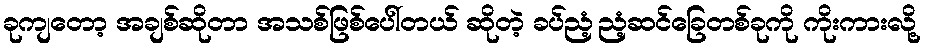
ခုကျတော့ အချစ်ဆိုတာ အသစ်ဖြစ်ပေါ်တယ် ဆိုတဲ့ ခပ်ညံ့ညံ့ဆင်ခြေတစ်ခုကို ကိုးကားလို့